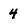
Character: 4